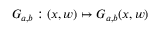
G _ { a , b } : ( x , w ) \mapsto G _ { a , b } ( x , w )